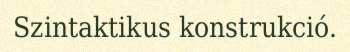
Szintaktikus konstrukció.